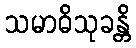
သမာဓိသုခန္တိ